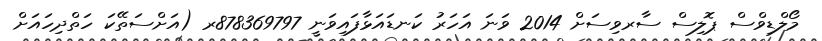
މޯލްޑިވްސް ޕޮލިސް ސާރވިސަށް 2014 ވަނަ އަހަރު ކަނޑައަޅާފައިވަނީ 878369797ރ (އަށްސަތޭކަ ހަތްދިހައަށް